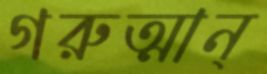
গরুত্মান্